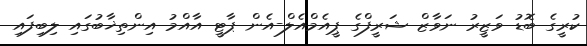
ކުރީގެ ބޮޑު ވަޒީރު ނަވާޒް ޝަރީފްގެ ޕީއެމްއެލް-އެން ޕާޓީ އާއްމު އިންތިޚާބުގައި ލިބިފައި